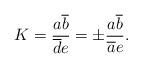
LaTeX: \begin{align*}K=\frac{a\overline{b}}{\overline{d}e}=\pm\frac{a\overline{b}}{\overline{a}e}.\end{align*}